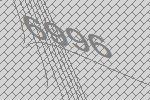
6996